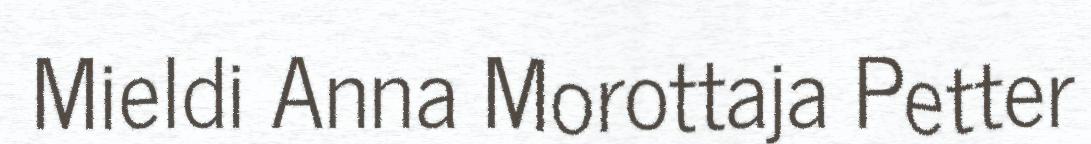
Mieldi Anna Morottaja Petter